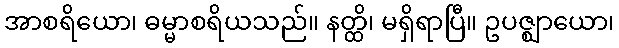
အာစရိယော၊ ဓမ္မာစရိယသည်။ နတ္ထိ၊ မရှိရာပြီ။ ဥပဇ္ဈာယော၊